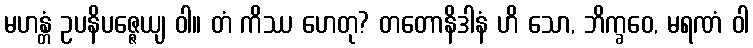
မဟန္တံ ဥပနိပဇ္ဇေယျ ဝါ။ တံ ကိဿ ဟေတု? တတောနိဒါနံ ဟိ သော, ဘိက္ခဝေ, မရဏံ ဝါ